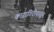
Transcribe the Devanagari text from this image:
कारागिरीपासून